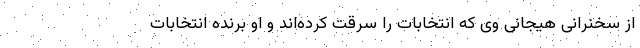
از سخنرانی هیجانی وی که انتخابات را سرقت کرده‌اند و او برنده انتخابات